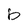
Character: b